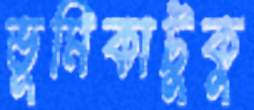
ভূমিকাটুকু